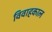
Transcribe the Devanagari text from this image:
विवाहकाल